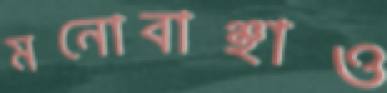
মনোবাঞ্ছাও